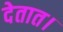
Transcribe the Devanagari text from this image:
देतात।